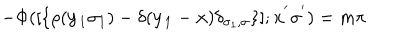
- \Phi ( [ \{ \rho ( { \bf { y _ { 1 } } } \sigma _ { 1 } ) - \delta ( { \bf { y _ { 1 } } } - { \bf { x } } ) \delta _ { \sigma _ { 1 } , \sigma } \} ] ; { \bf { x ^ { ' } } } \sigma ^ { ' } ) = m \pi